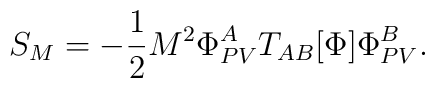
S_M =-\frac{1}{2} M^2 \Phi^A_{PV} T_{AB} [\Phi]  \Phi^B_{PV} .